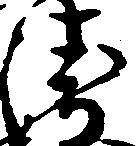
衛